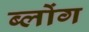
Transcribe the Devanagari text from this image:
ब्लोंग